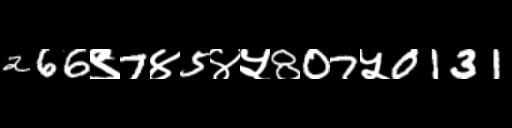
Text: 266९7४5४५807५0131